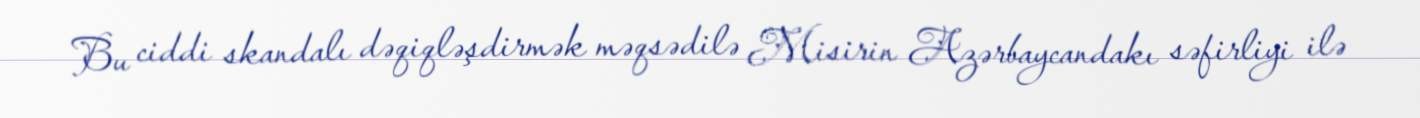
Bu ciddi skandalı dəqiqləşdirmək məqsədilə Misirin Azərbaycandakı səfirliyi ilə